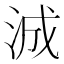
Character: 𬇠